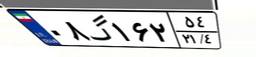
۰۸گ۱۶۲۵۴